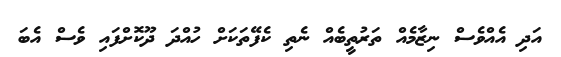
އަދި އެއްވެސް ނިޒާމެއް ތަރުތީބެއް ނެތި ކެފޭތަކަށް ހުއްދަ ދޫކޮށްފައި ވެސް އެބަ